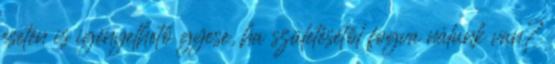
esetén is igényelhető gyese, ha születésétől fogva nálunk van?